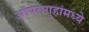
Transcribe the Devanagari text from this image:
ऑपेरागृहांमध्ये